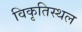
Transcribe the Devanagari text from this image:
विकृतिस्थल